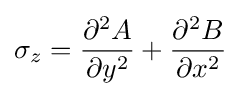
\sigma _{z}={\frac {\partial ^{2}A}{\partial y^{2}}}+{\frac {\partial ^{2}B}{\partial x^{2}}}